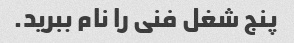
پنج شغل فنی را نام ببرید.